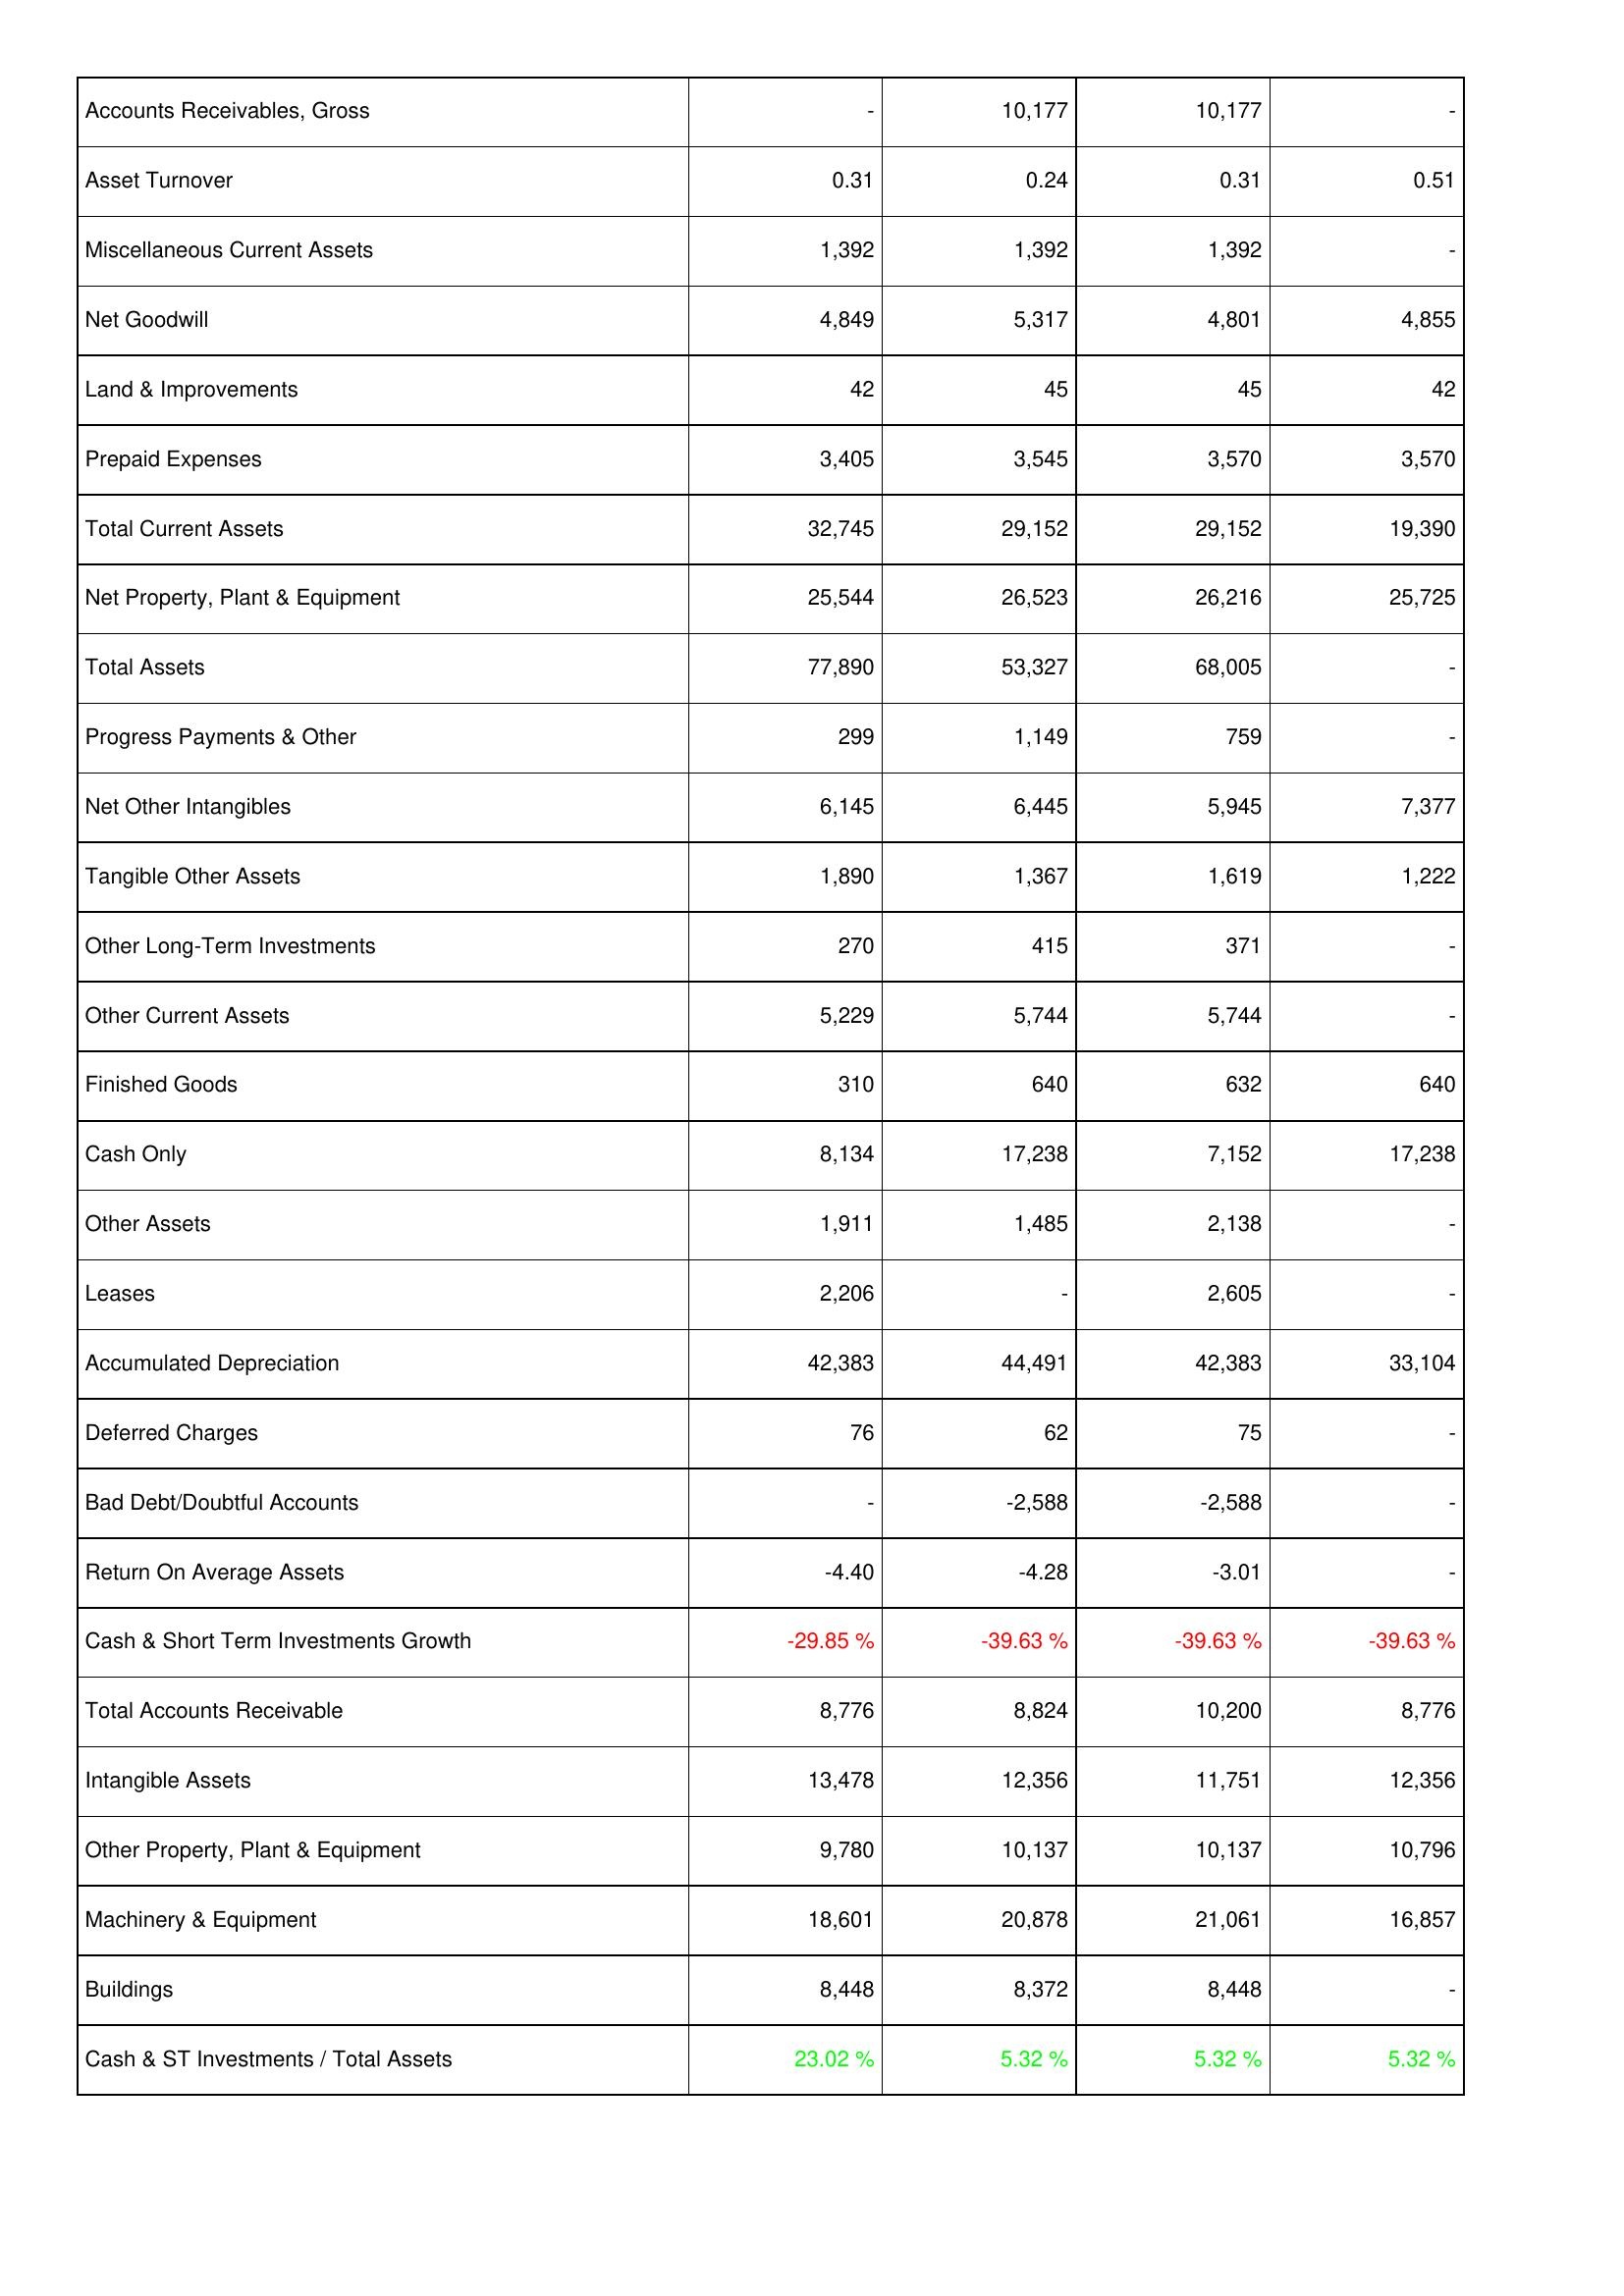
2005: Assets: Accounts Receivables, Gross: -
Asset Turnover: 0.31
Miscellaneous Current Assets: 1,392
Net Goodwill: 4,849
Land & Improvements: 42
Prepaid Expenses: 3,405
Total Current Assets: 32,745
Net Property, Plant & Equipment: 25,544
Total Assets: 77,890
Progress Payments & Other: 299
Net Other Intangibles: 6,145
Tangible Other Assets: 1,890
Other Long-Term Investments: 270
Other Current Assets: 5,229
Finished Goods: 310
Cash Only: 8,134
Other Assets: 1,911
Leases: 2,206
Accumulated Depreciation: 42,383
Deferred Charges: 76
Bad Debt/Doubtful Accounts: -
Return On Average Assets: -4.40
Cash & Short Term Investments Growth: -29.85 %
Total Accounts Receivable: 8,776
Intangible Assets: 13,478
Other Property, Plant & Equipment: 9,780
Machinery & Equipment: 18,601
Buildings: 8,448
Cash & ST Investments / Total Assets: 23.02 %
2006: Assets: Accounts Receivables, Gross: 10,177
Asset Turnover: 0.24
Miscellaneous Current Assets: 1,392
Net Goodwill: 5,317
Land & Improvements: 45
Prepaid Expenses: 3,545
Total Current Assets: 29,152
Net Property, Plant & Equipment: 26,523
Total Assets: 53,327
Progress Payments & Other: 1,149
Net Other Intangibles: 6,445
Tangible Other Assets: 1,367
Other Long-Term Investments: 415
Other Current Assets: 5,744
Finished Goods: 640
Cash Only: 17,238
Other Assets: 1,485
Leases: -
Accumulated Depreciation: 44,491
Deferred Charges: 62
Bad Debt/Doubtful Accounts: -2,588
Return On Average Assets: -4.28
Cash & Short Term Investments Growth: -39.63 %
Total Accounts Receivable: 8,824
Intangible Assets: 12,356
Other Property, Plant & Equipment: 10,137
Machinery & Equipment: 20,878
Buildings: 8,372
Cash & ST Investments / Total Assets: 5.32 %
2007: Assets: Accounts Receivables, Gross: 10,177
Asset Turnover: 0.31
Miscellaneous Current Assets: 1,392
Net Goodwill: 4,801
Land & Improvements: 45
Prepaid Expenses: 3,570
Total Current Assets: 29,152
Net Property, Plant & Equipment: 26,216
Total Assets: 68,005
Progress Payments & Other: 759
Net Other Intangibles: 5,945
Tangible Other Assets: 1,619
Other Long-Term Investments: 371
Other Current Assets: 5,744
Finished Goods: 632
Cash Only: 7,152
Other Assets: 2,138
Leases: 2,605
Accumulated Depreciation: 42,383
Deferred Charges: 75
Bad Debt/Doubtful Accounts: -2,588
Return On Average Assets: -3.01
Cash & Short Term Investments Growth: -39.63 %
Total Accounts Receivable: 10,200
Intangible Assets: 11,751
Other Property, Plant & Equipment: 10,137
Machinery & Equipment: 21,061
Buildings: 8,448
Cash & ST Investments / Total Assets: 5.32 %
2008: Assets: Accounts Receivables, Gross: -
Asset Turnover: 0.51
Miscellaneous Current Assets: -
Net Goodwill: 4,855
Land & Improvements: 42
Prepaid Expenses: 3,570
Total Current Assets: 19,390
Net Property, Plant & Equipment: 25,725
Total Assets: -
Progress Payments & Other: -
Net Other Intangibles: 7,377
Tangible Other Assets: 1,222
Other Long-Term Investments: -
Other Current Assets: -
Finished Goods: 640
Cash Only: 17,238
Other Assets: -
Leases: -
Accumulated Depreciation: 33,104
Deferred Charges: -
Bad Debt/Doubtful Accounts: -
Return On Average Assets: -
Cash & Short Term Investments Growth: -39.63 %
Total Accounts Receivable: 8,776
Intangible Assets: 12,356
Other Property, Plant & Equipment: 10,796
Machinery & Equipment: 16,857
Buildings: -
Cash & ST Investments / Total Assets: 5.32 %